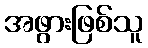
အဖွားဖြစ်သူ